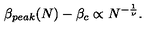
\beta _ { p e a k } ( N ) - \beta _ { c } \propto N ^ { - { \frac { 1 } { \nu } } } .